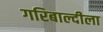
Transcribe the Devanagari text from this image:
गरिबाल्दीला